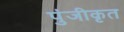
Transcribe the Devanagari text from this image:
पुंजीकृत